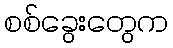
စစ်ခွေးတွေက